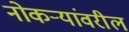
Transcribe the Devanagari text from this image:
नोकऱ्यांवरील